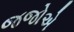
જજોએ